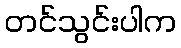
တင်သွင်းပါက